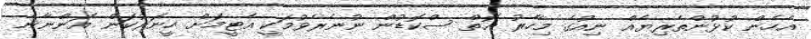
އެހެން ކުޅުންތެރިޔެއް ނިއުގެ މިހާރު އޮތް ސްކޮޑުން ނުނެރެވުމަކީ އެޓީމަށް ހީނަރުކަން އަންނާނެ